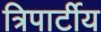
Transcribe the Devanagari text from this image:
त्रिपार्टीय